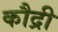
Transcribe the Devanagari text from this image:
कौद्री